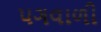
પગવાળી